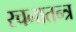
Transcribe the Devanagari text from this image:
रचनातन्त्र